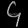
Digit: ၄